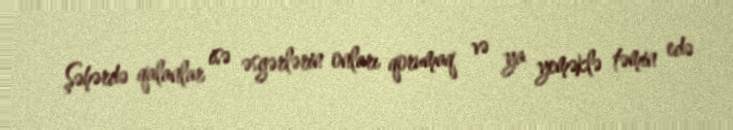
Şəhərdə qalanlar isə əsgərlərin onları qorumaq və ya yeməklə təmin edə